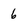
Character: 6